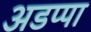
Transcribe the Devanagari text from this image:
अडप्पा